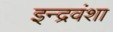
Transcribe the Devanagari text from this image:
इन्द्रवंशा